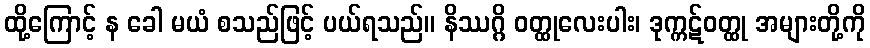
ထို့ကြောင့် န ခေါ မယံ စသည်ဖြင့် ပယ်ရသည်။ နိဿဂ္ဂိ ဝတ္ထုလေးပါး၊ ဒုက္ကဋ်ဝတ္ထု အများတို့ကို